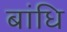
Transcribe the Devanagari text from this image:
बांधि